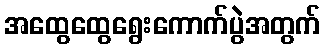
အထွေထွေရွေးကောက်ပွဲအတွက်